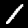
Label: 1